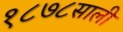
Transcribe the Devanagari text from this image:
१८७८साली